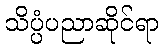
သိပ္ပံပညာဆိုင်ရာ